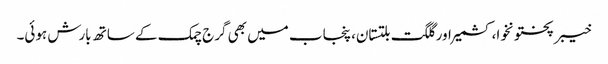
خیبر پختونخوا، کشمیر اور گلگت بلتستان، پنجاب میں بھی گرج چمک کے ساتھ بارش ہوئی۔